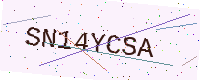
Text: SN14YCSA